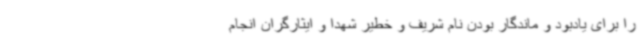
را برای یادبود و ماندگار بودن نام شریف و خطیر شهدا و ایثارگران انجام